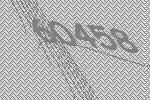
60458